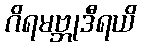
ဂိရမဗ္ဘုဒီရယိ